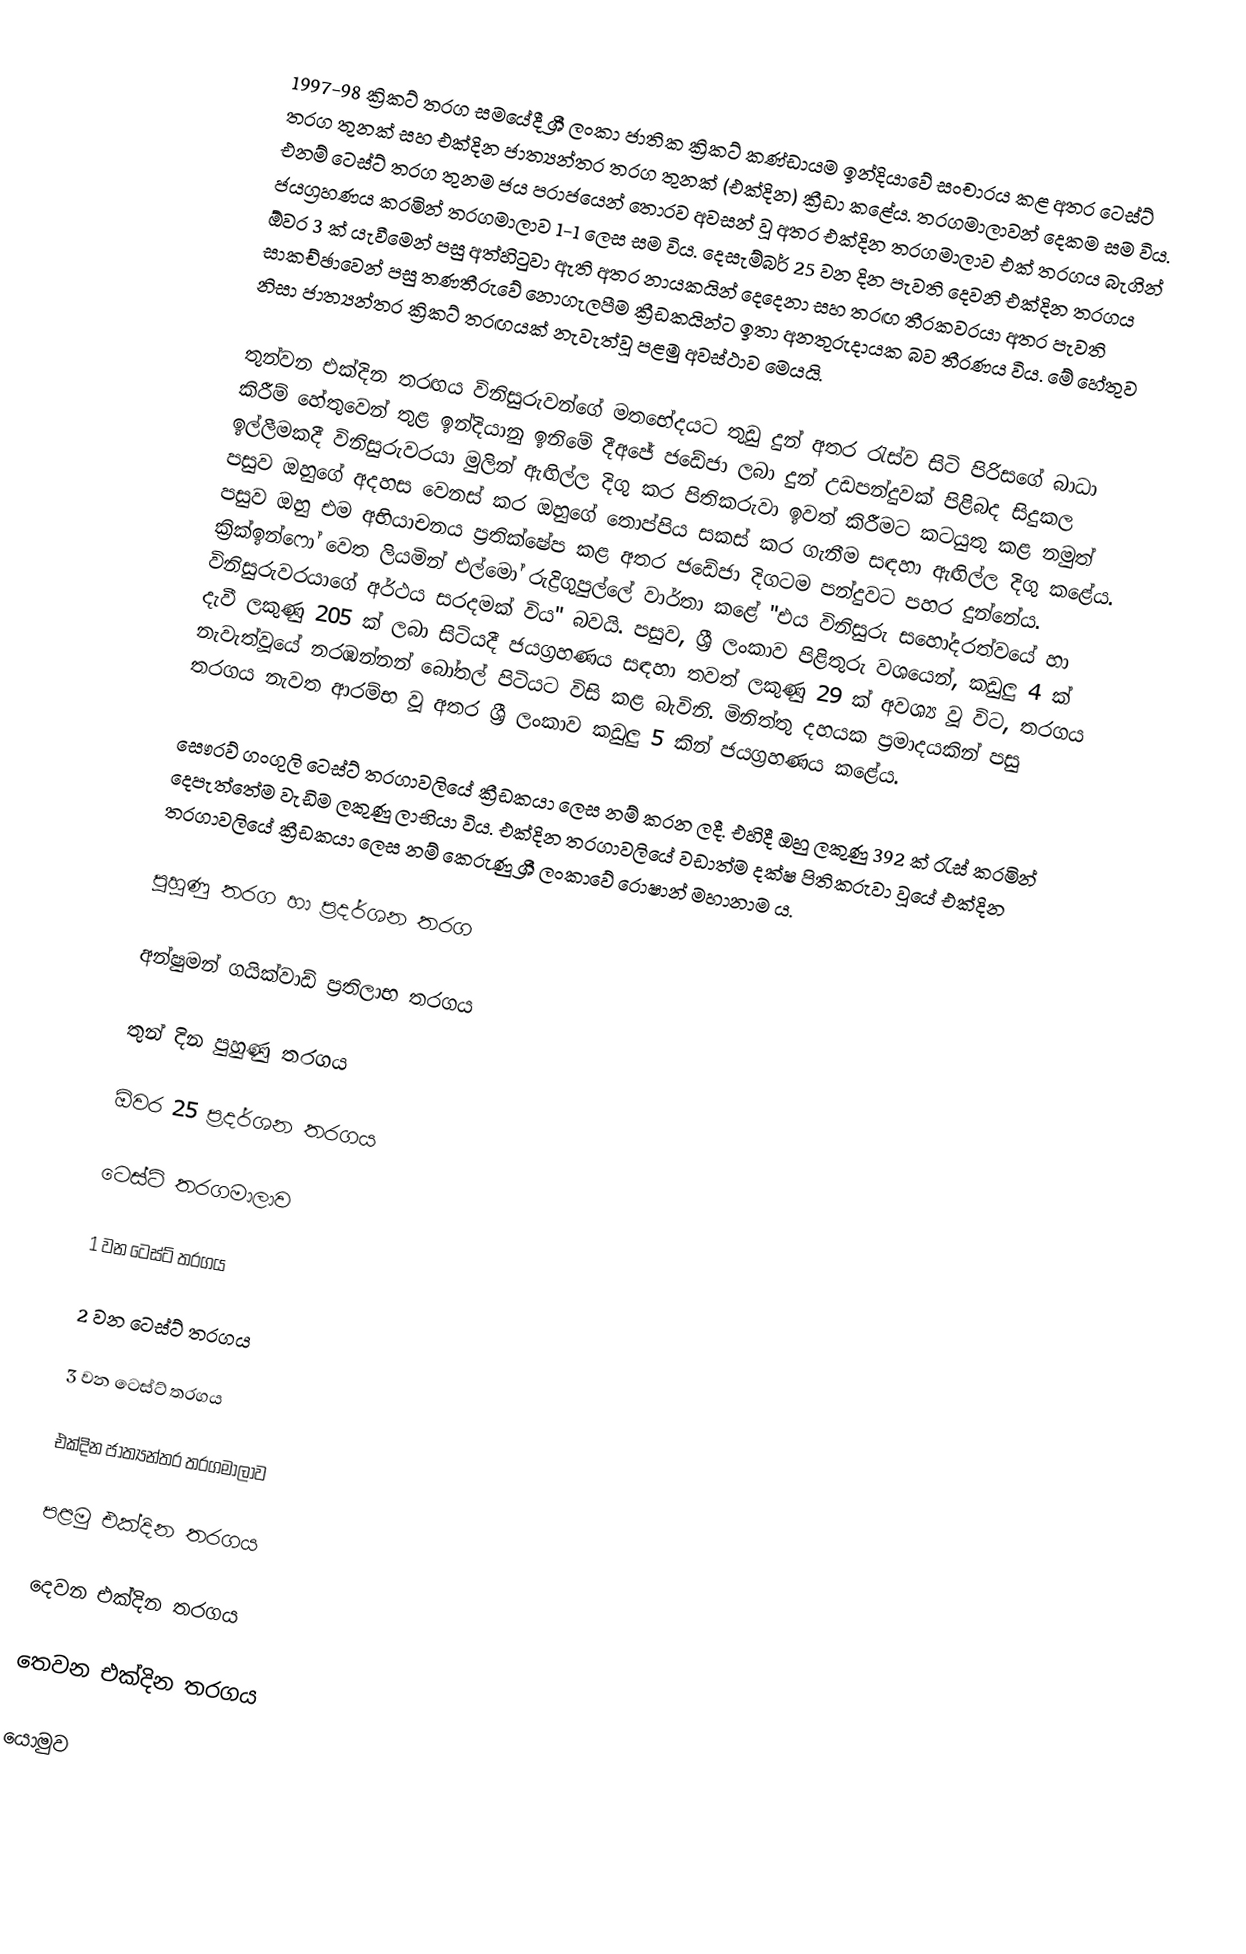
1997-98 ක්‍රිකට් තරග සමයේදී ශ්‍රී ලංකා ජාතික ක්‍රිකට් කණ්ඩායම ඉන්දියාවේ සංචාරය කළ අතර ටෙස්ට් තරග තුනක් සහ එක්දින ජාත්‍යන්තර තරග තුනක් (එක්දින) ක්‍රීඩා කළේය. තරගමාලාවන් දෙකම සම විය. එනම් ටෙස්ට් තරග තුනම ජය පරාජයෙන් තොරව අවසන් වූ අතර එක්දින තරගමාලාව එක් තරගය බැගින් ජයග්‍රහණය කරමින් තරගමාලාව 1-1 ලෙස සම විය. දෙසැම්බර් 25 වන දින පැවති දෙවනි එක්දින තරගය ඕවර 3 ක් යැවීමෙන් පසු අත්හිටුවා ඇති අතර නායකයින් දෙදෙනා සහ තරඟ තීරකවරයා අතර පැවති සාකච්ඡාවෙන් පසු තණතීරුවේ නොගැලපීම ක්‍රීඩකයින්ට ඉතා අනතුරුදායක බව තීරණය විය. මේ හේතුව නිසා ජාත්‍යන්තර ක්‍රිකට් තරඟයක් නැවැත්වූ පළමු අවස්ථාව මෙයයි.

තුන්වන එක්දින තරඟය විනිසුරුවන්ගේ මතභේදයට තුඩු දුන් අතර රැස්ව සිටි පිරිසගේ බාධා කිරීම් හේතුවෙන් තුළ ඉන්දියානු ඉනිමේ දීඅජේ ජඩේජා ලබා දුන් උඩපන්දුවක් පිළිබද සිදුකල ඉල්ලීමකදී විනිසුරුවරයා මුලින් ඇඟිල්ල දිගු කර පිතිකරුවා ඉවත් කිරීමට කටයුතු කළ නමුත් පසුව ඔහුගේ අදහස වෙනස් කර ඔහුගේ තොප්පිය සකස් කර ගැනීම සඳහා ඇඟිල්ල දිගු කළේය. පසුව ඔහු එම අභියාචනය ප්‍රතික්ෂේප කළ අතර ජඩේජා දිගටම පන්දුවට පහර දුන්නේය. ක්‍රික්ඉන්ෆෝ වෙත ලියමින් එල්මෝ රුද්‍රිගුපුල්ලේ වාර්තා කළේ "එය විනිසුරු සහෝදරත්වයේ හා විනිසුරුවරයාගේ අර්ථය සරදමක් විය" බවයි. පසුව, ශ්‍රී ලංකාව පිළිතුරු වශයෙන්, කඩුලු 4 ක් දැවී ලකුණු 205 ක් ලබා සිටියදී ජයග්‍රහණය සඳහා තවත් ලකුණු 29 ක් අවශ්‍ය වූ විට, තරගය නැවැත්වූයේ නරඹන්නන් බෝතල් පිටියට විසි කළ බැවිනි. මිනිත්තු දහයක ප්‍රමාදයකින් පසු තරගය නැවත ආරම්භ වූ අතර ශ්‍රී ලංකාව කඩුලු 5 කින් ජයග්‍රහණය කළේය.

සෞරව් ගංගුලි ටෙස්ට් තරගාවලියේ ක්‍රීඩකයා ලෙස නම් කරන ලදී. එහිදී ඔහු ලකුණු 392 ක් රැස් කරමින් දෙපැත්තේම වැඩිම ලකුණු ලාභියා විය. එක්දින තරගාවලියේ වඩාත්ම දක්ෂ පිතිකරුවා වූයේ එක්දින තරගාවලියේ ක්‍රීඩකයා ලෙස නම් කෙරුණු ශ්‍රී ලංකාවේ රොෂාන් මහානාම ය.

පුහුණු තරග හා ප්‍රදර්ශන තරග

අන්ෂුමන් ගයික්වාඩ් ප්‍රතිලාභ තරගය

තුන් දින පුහුණු තරගය

ඕවර 25 ප්‍රදර්ශන තරගය

ටෙස්ට් තරගමාලාව

1 වන ටෙස්ට් තරගය

2 වන ටෙස්ට් තරගය

3 වන ටෙස්ට් තරගය

එක්දින ජාත්‍යන්තර තරගමාලාව

පළමු එක්දින තරගය

දෙවන එක්දින තරගය

තෙවන එක්දින තරගය

යොමුව